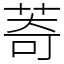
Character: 䓫